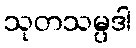
သုတသမ္ပဒါ